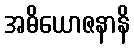
အဓိယောဇနာနိ